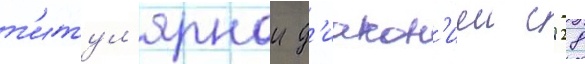
т'итул'ярнои д'иакон'иеи с 28